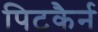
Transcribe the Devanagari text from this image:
पिटकैर्न